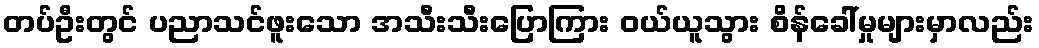
တပ်ဦးတွင် ပညာသင်ဖူးသော အသီးသီးပြောကြား ဝယ်ယူသွား စိန်ခေါ်မှုများမှာလည်း